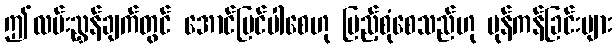
ဤလမ်းညွှန်ချက်တွင် အောင်မြင်ပါစေဟု ပြည့်စုံစေသည်ဟု ပုန်ကန်ခြင်းများ